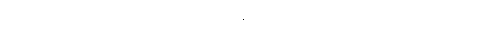
မိမိသည် လိမ်လည်မှုတခုတွင် ပါဝင်ခဲ့သူမှ ဟုတ်ပါ၏လောဟု ဘရီကျူးလို လူပင်လျှင်